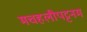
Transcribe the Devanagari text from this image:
मचहलीपट्टनम